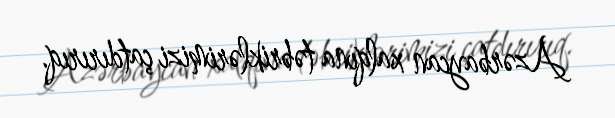
Azərbaycan xalqına təbriklərimizi çatdırırıq.